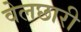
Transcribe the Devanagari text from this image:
वेलछारी